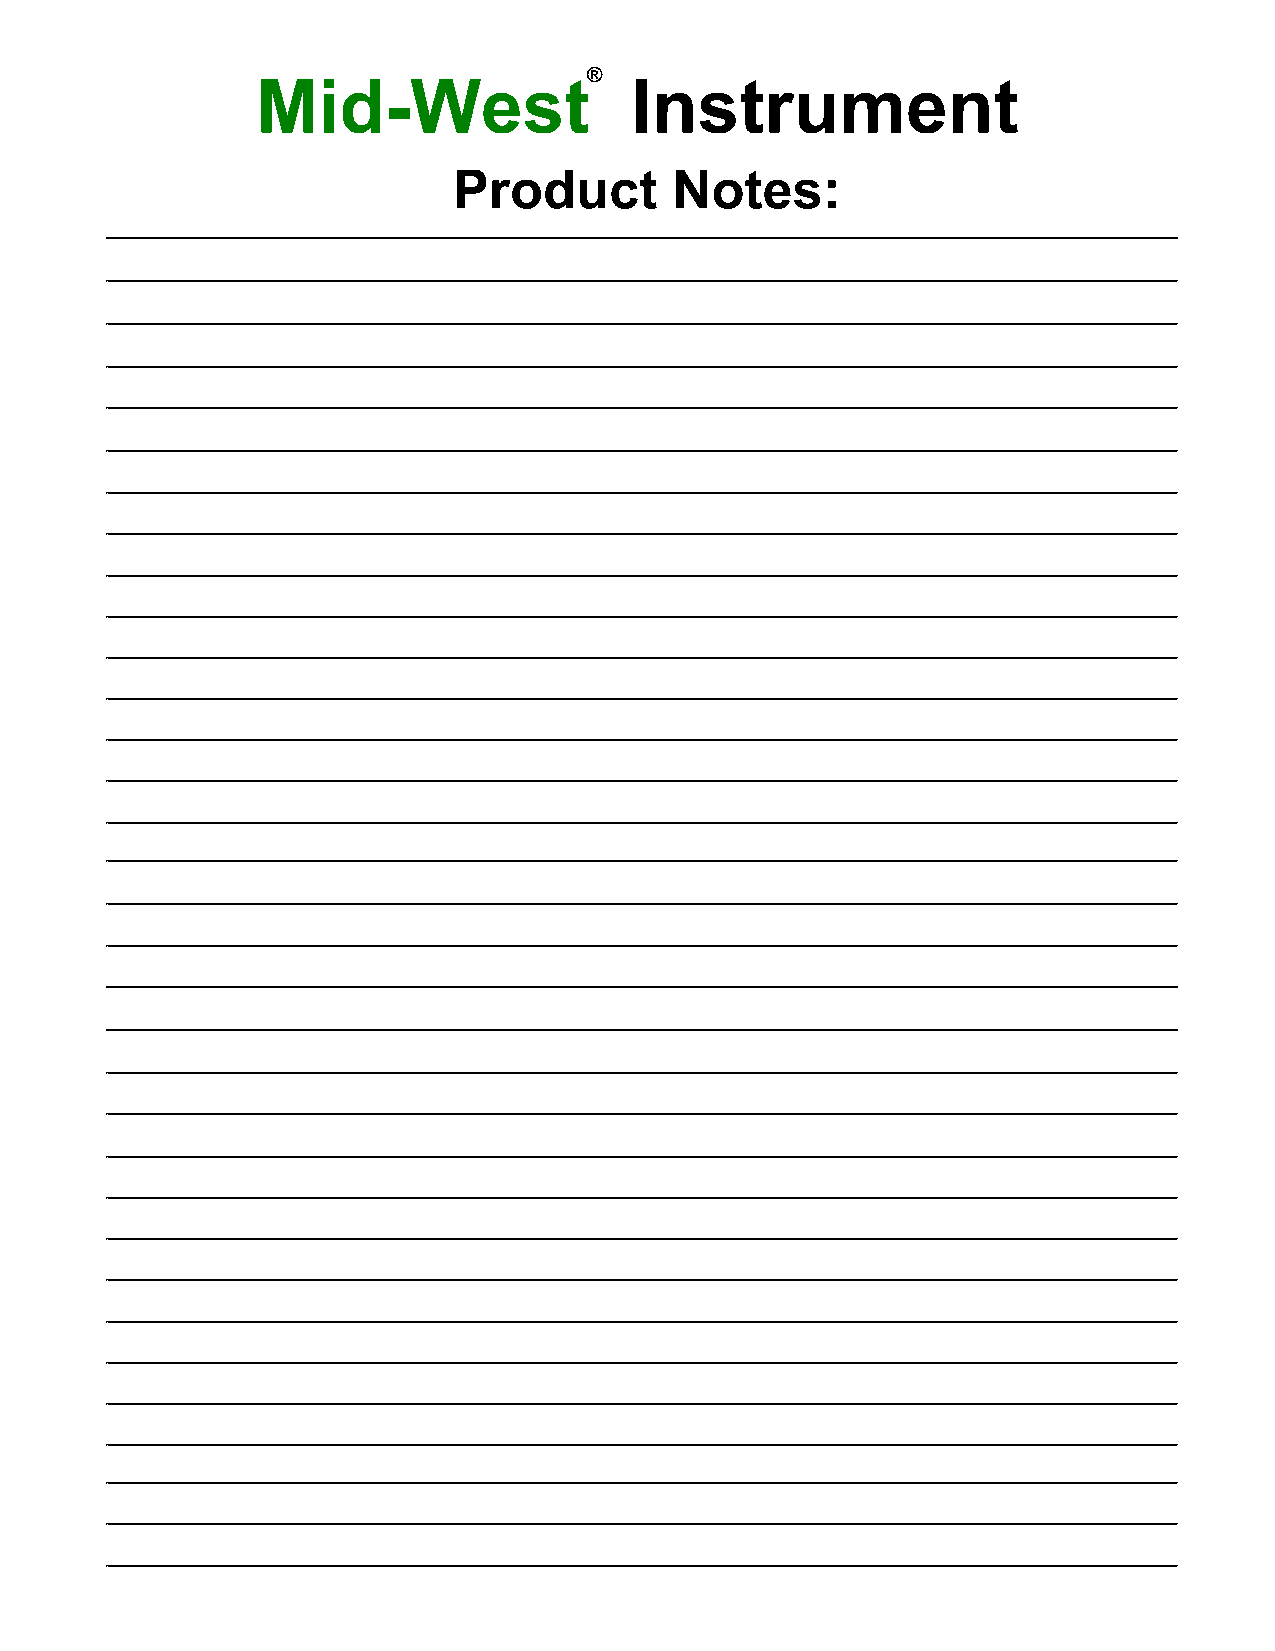
®
 Mid-West                 Instrument
 Product        Notes: